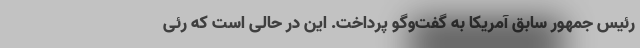
رئیس جمهور سابق آمریکا به گفت‌و‌گو پرداخت. این در حالی است که رئی